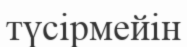
түсірмейін